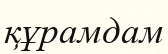
құрамдам